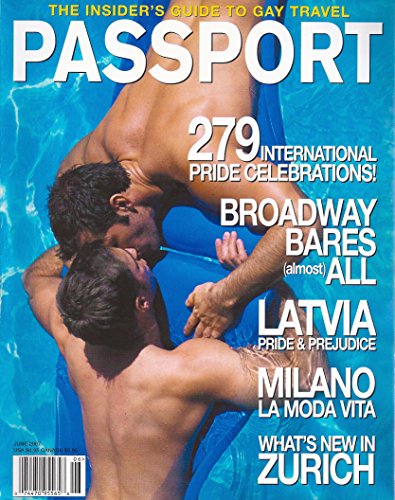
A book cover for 279 International Pride Celebrations * Broadway Bares (almost) All * Latvia * Milano * Zurich * Gay & Lesbian Travel Interest * June, 2007 Passport Magazine; Travel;